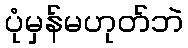
ပုံမှန်မဟုတ်ဘဲ